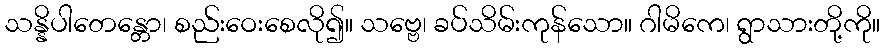
သန္နိပါတေန္တော၊ စည်းဝေးစေလို၍။ သဗ္ဗေ၊ ခပ်သိမ်းကုန်သော။ ဂါမိကေ၊ ရွာသားတို့ကို။